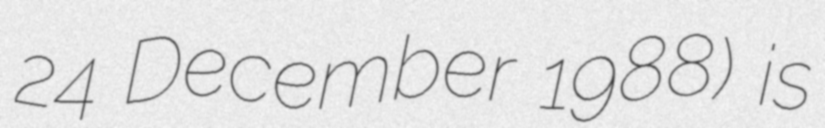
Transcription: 24 December 1988) is